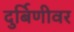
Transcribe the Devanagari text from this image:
दुर्बिणीवर